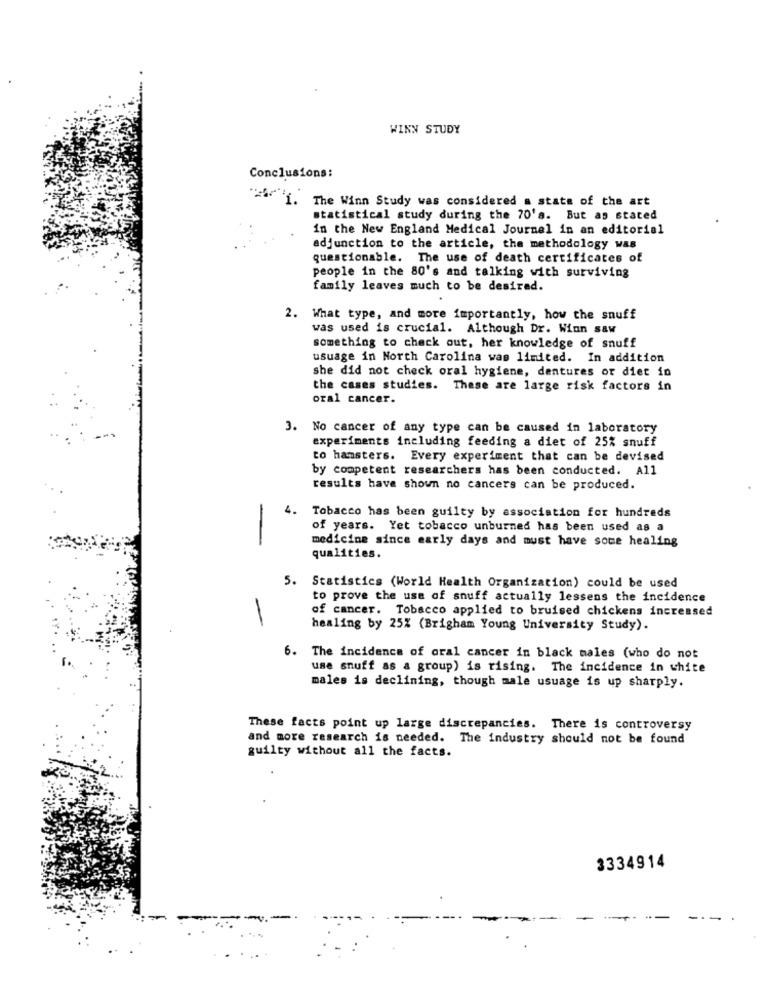
WINN STUDY
Conclusions:
The Winn Study was considered a state of the art
statistical study during the 70's. But as stated
in the New England Medical Journal in an editorial
adjunction to the article, the methodology was
questionable. The use of death certificates of
people in the 80's and talking with surviving
family leaves much to be desired.
2. What type, and more importantly, how the snuff
was used is crucial. Although Dr. Winn saw
something to check out, her knowledge of snuff
usuage in North Carolina was limited. In addition
she did not check oral hygiene, dentures or diet in
the cases studies. These are large risk factors in
oral cancer.
3. No cancer of any type can be caused in laboratory
experiments including feeding a diet of 25% snuff
to hamsters. Every experiment that can be devised
by competent researchers has been conducted. All
results have shown no cancers can be produced.
4.
Tobacco has been guilty by association for hundreds
of years. Yet tobacco unburned has been used as a
medicine since early days and must have some healing
qualities.
5. Statistics (World Health Organization) could be used
to prove the use of snuff actually lessens the incidence
of cancer. Tobacco applied to bruised chickens increased
-
healing by 25% (Brigham Young University Study).
6. The incidence of oral cancer in black males (who do not
use snuff as a group) is rising. The incidence in white
males is declining, though male usuage is up sharply.
These facts point up large discrepancies. There is controversy
and more research is needed. The industry should not be found
guilty without all the facts.
3334914